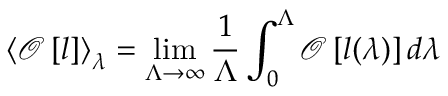
\left< \mathcal O \left[ l \right] \right> _ { \lambda } = \operatorname* { l i m } _ { \Lambda \to \infty } \frac { 1 } { \Lambda } \int _ { 0 } ^ { \Lambda } \mathcal O \left[ l ( \lambda ) \right] d \lambda